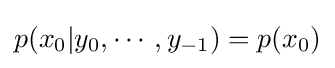
p(x_{0}|y_{0},\cdots ,y_{-1})=p(x_{0})